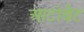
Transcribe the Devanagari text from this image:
आटोबैट